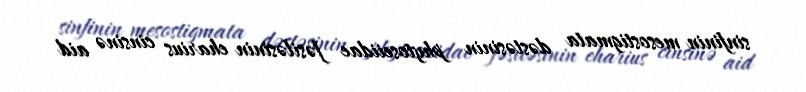
sinfinin mesostigmata dəstəsinin phytoseiidae fəsiləsinin eharius cinsinə aid